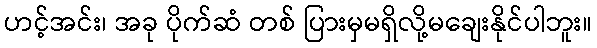
ဟင့်အင်း၊ အခု ပိုက်ဆံ တစ် ပြားမှမရှိလို့မချေးနိုင်ပါဘူး။